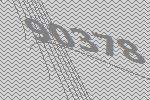
90378